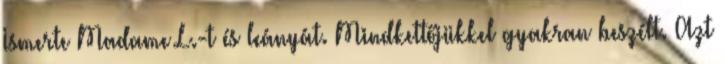
Ismerte Madame L.-t és leányát. Mindkettőjükkel gyakran beszélt. Azt